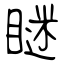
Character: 瞇